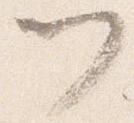
門